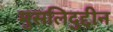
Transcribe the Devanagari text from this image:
मुसलिदुद्दीन